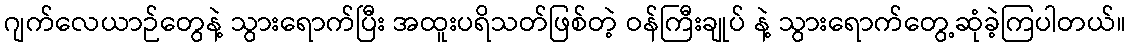
ဂျက်လေယာဉ်တွေနဲ့ သွားရောက်ပြီး အထူးပရိသတ်ဖြစ်တဲ့ ဝန်ကြီးချုပ် နဲ့ သွားရောက်တွေ့ဆုံခဲ့ကြပါတယ်။